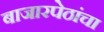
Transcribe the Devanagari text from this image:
बाजारपेठांचा